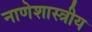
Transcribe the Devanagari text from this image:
नाणेशास्त्रीय